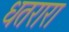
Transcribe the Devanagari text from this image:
धतरारा